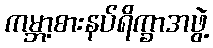
ကမ္ဘာ့စားနပ်ရိက္ခာအဖွဲ့